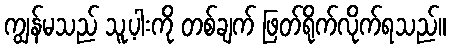
ကျွန်မသည် သူ့ပါးကို တစ်ချက် ဖြတ်ရိုက်လိုက်ရသည်။